Vaccination in Bombay 1889-1901 - 1889-1901
Year: 1889
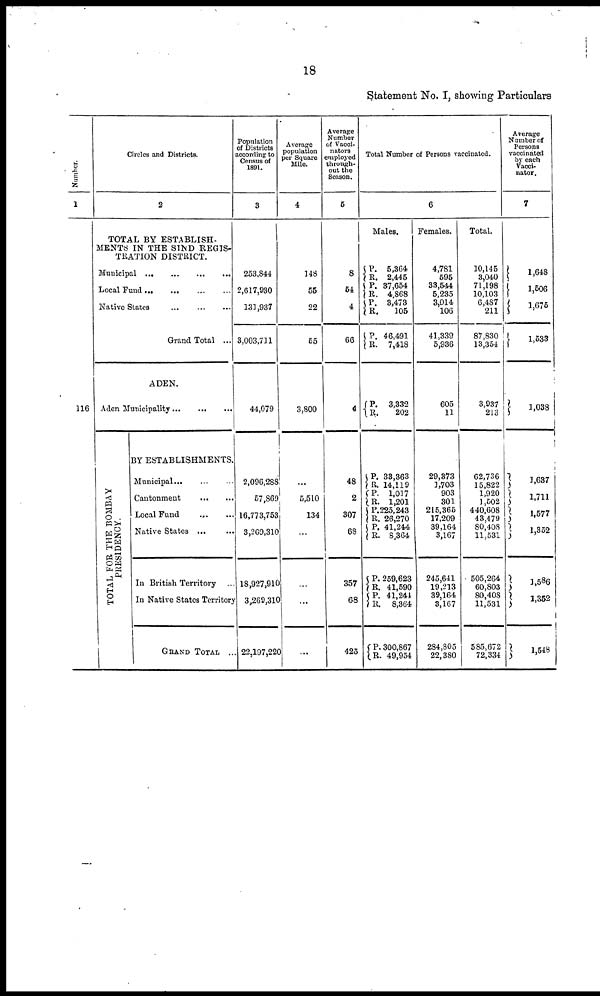
18
Statement No. I, showing Particulars
Number.
1
116
Circles and Districts.
2
TOTAL BY ESTABLISH¬
MENTS IN THE SIND REGIS-
TRATION DISTRICT.
Municipal
...
...
...
...
Local Fund
...
...
...
...
Native States
...
...
...
Grand Total ...
ADEN.
Aden Municipality
...
...
...
TOTAL FOR THE BOMBAY
PRESIDENCY.
BY ESTABLISHMENTS.
Municipal... ... ...
Cantonment
...
...
Local Fund
... ...
Native States ... ...
In British Territory ...
In Native States Territory
GRAND TOTAL ...
Population
of Districts
according to
Census of
1891.
3
253,844
2,617,930
131,937
3,003,711
44,079
2,096,288
57,869
16,773,753
3,269,310
18,927,910
3,269,310
22,197,220
Average
population
per Square
Mile.
4
148
55
22
55
3,800
...
5,510
134
...
...
...
...
Average
Number
of Vacci¬
nators
employed
through-
out the
Season.
5
8
54
4
66
4
48
2
307
68
357
68
425
Total Number of Persons vaccinated.
6
Males.
P.
R. P.
R. P.
R.
P.
R.
P.
R.
P.
R. P.
R. P. R.
P.
R.
P.
R.
P.
R.
P.
R.
5,364
2,445
37,654
4,868
3,473
105
46,491
7,418
3,332
202
33,363
14,119
1,017
1,201
225,243
26,270
41,244
8,364
259,623
41,590
41,244
8,364
300,867
49,954
Females.
4,781
595
33,544
5,235
3,014
106
41,339
5,936
605
11
29,373
1,703
903
301
215,365
17,209
39,164
3,167
245,641
19,213
39,164
3,167
284,805
22,380
Total.
10,145
3,040
71,198
10,103
6,487
211
87,830
13,354
3,937
213
62,736
15,822
1,920
1,502
440,608
43,479
80,408
11,531
505,264
60,803
80,408
11,531
585,672
72,334
Average
Number of
Persons
vaccinated
by each
Vacci¬
nator.
7
1,648
1,506
1,675
1,533
1,038
1,637
1,711
1,577
1,352
1,586
1,352
1,548